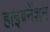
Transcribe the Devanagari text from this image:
हाइबनेंशन